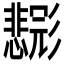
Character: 𱝨